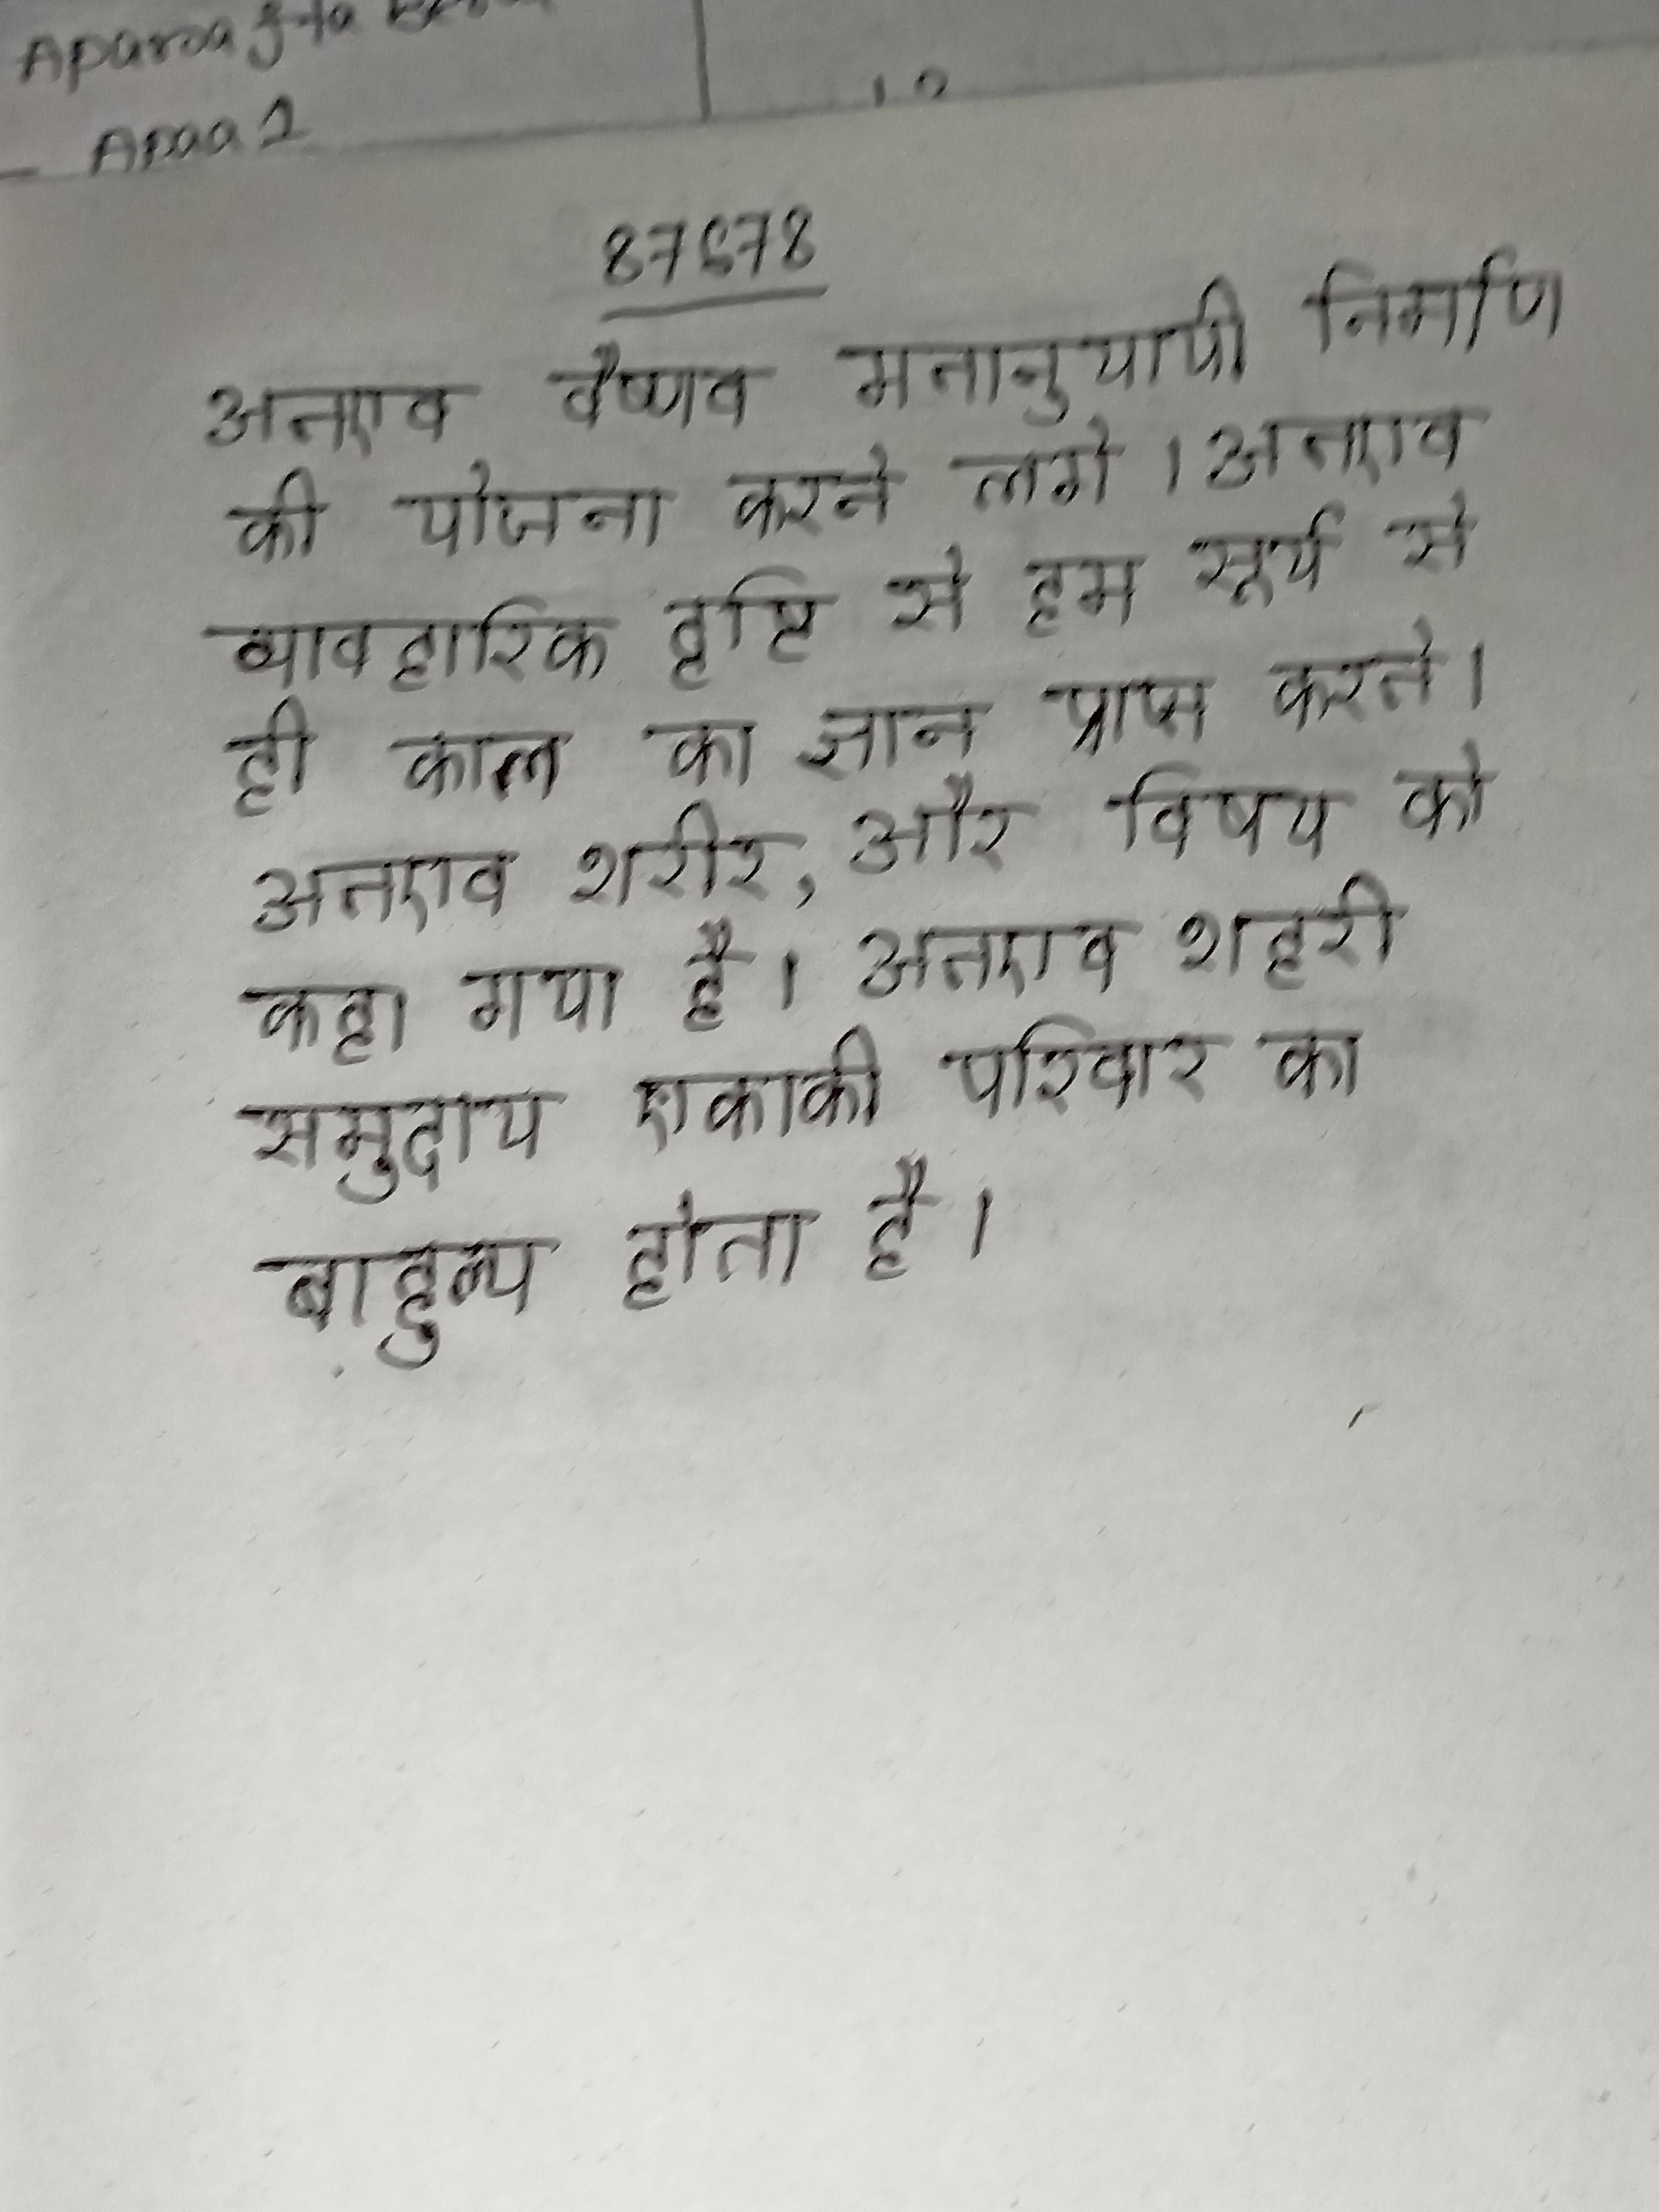
अतएव वैष्णव मतानुयायी निर्माण की योजना करने लगे । अतएव व्यावहारिक दृष्टि से हम सूर्य से ही काल का ज्ञान प्राप्त करते । अतएव शरीर, और विषय को कहा गया है । अतएव शहरी समुदाय एकाकी परिवार का बाहुल्य होता है ।